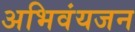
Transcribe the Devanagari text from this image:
अभिवंयजन